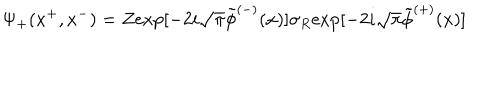
{ \Psi } _ { + } ( x ^ { + } , x ^ { - } ) = Z \mathrm { e x p } [ - 2 i \sqrt { \pi } \tilde { \phi } ^ { ( - ) } ( x ) ] { \sigma } _ { R } \mathrm { e x p } [ - 2 i \sqrt { \pi } \tilde { \phi } ^ { ( + ) } ( x ) ]